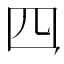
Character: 𪛘